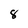
Character: 8